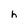
Character: h